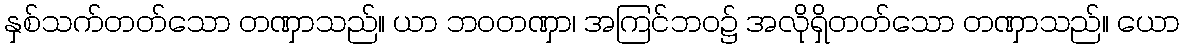
နှစ်သက်တတ်သော တဏှာသည်။ ယာ ဘဝတဏှာ၊ အကြင်ဘဝ၌ အလိုရှိတတ်သော တဏှာသည်။ ယော